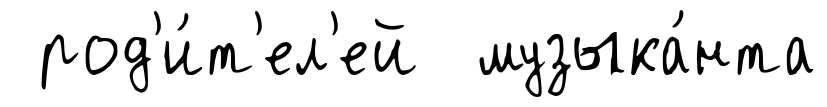
род'и́т'ел'ей музыка́нта